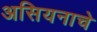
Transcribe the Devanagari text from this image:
असियनाचे